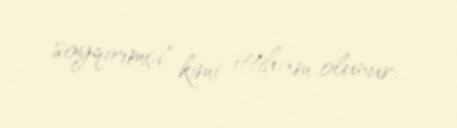
soyqırımçı" kimi ittiham olunur.